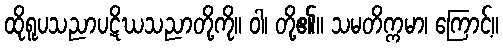
ထိုရူပသညာပဋိဃသညာတို့ကို။ ဝါ၊ တို့၏။ သမတိက္ကမာ၊ ကြောင့်။